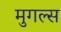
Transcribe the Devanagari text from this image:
मुगल्स